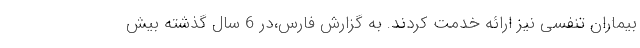
بیماران تنفسی نیز ارائه خدمت کردند. به گزارش فارس،در 6 سال گذشته بیش